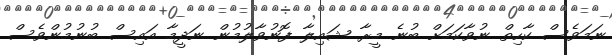
ނަމަވެސް ކާހިތް ނުވާކަމަށް ބުނެ މީރާ ޝައިލާ ފޮނުވާލުމުން ނަދީމާ އައިސް ބުނުމުންވެސް